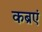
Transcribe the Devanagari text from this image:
कब्रएं